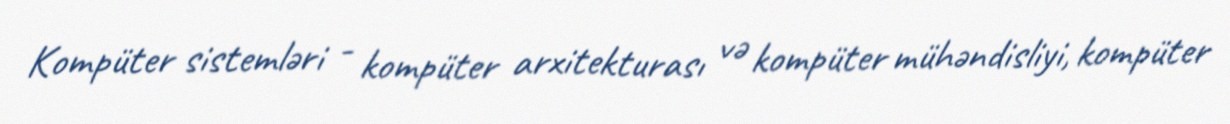
Kompüter sistemləri - kompüter arxitekturası və kompüter mühəndisliyi, kompüter